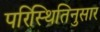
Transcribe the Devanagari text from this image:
परिस्थितिनुसार